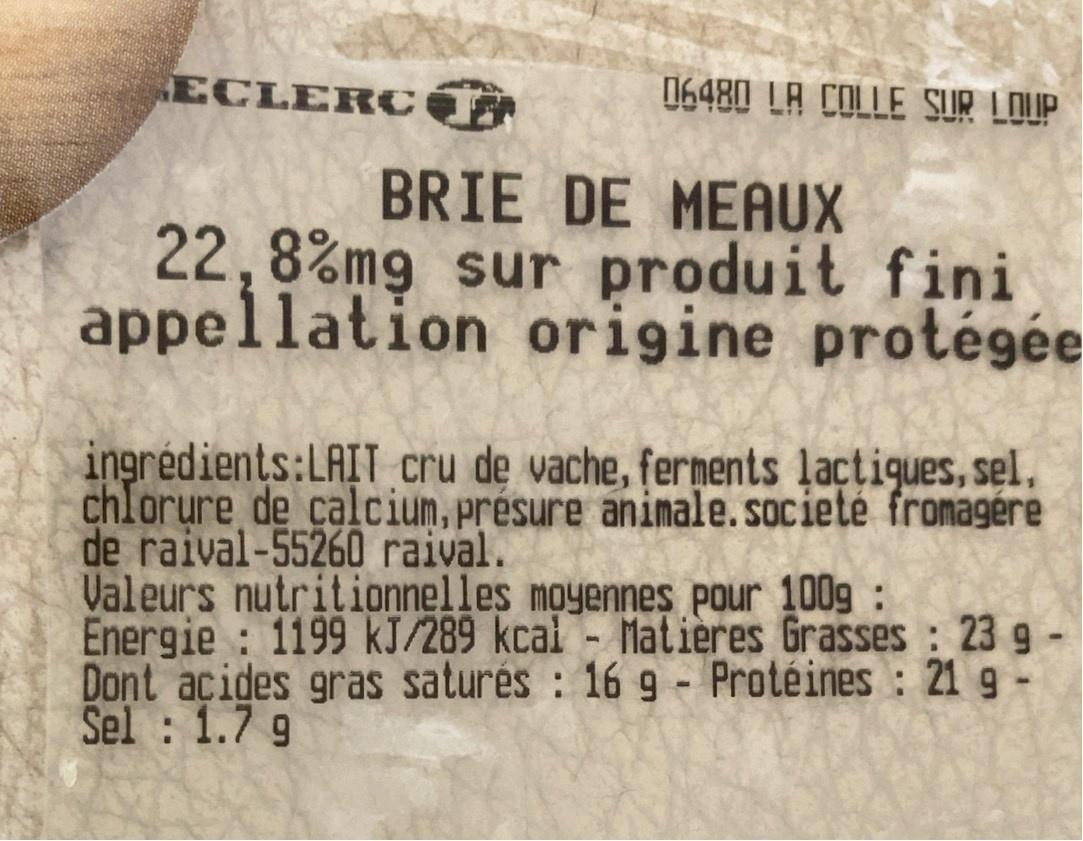
ECLERCT
06480 LA COLIE SUR LOUP
BRIE DE MEAUX 22,8%mg sur produit fini appellation origine protégée
ingredients:LAIT cru de vache, fernents lactiques, sel. chlorure de calcium,présure animale.societé fromagére de raival-55260 raival. Valeurs nutritionnelles moyennes pour 1009 : Energie : 1199 kJ/289 kcal - Matieres Grasses : 23 9 - Dont acides gras saturés : 16 g - Protéines : 21 g- Sel : 1.7 9